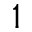
1